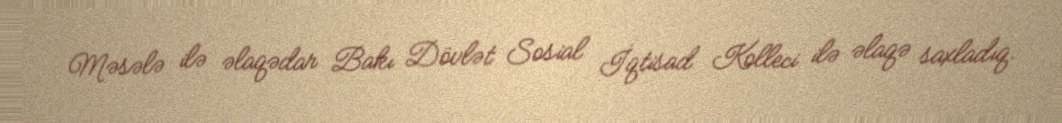
Məsələ ilə əlaqədar Bakı Dövlət Sosial İqtisad Kolleci ilə əlaqə saxladıq.